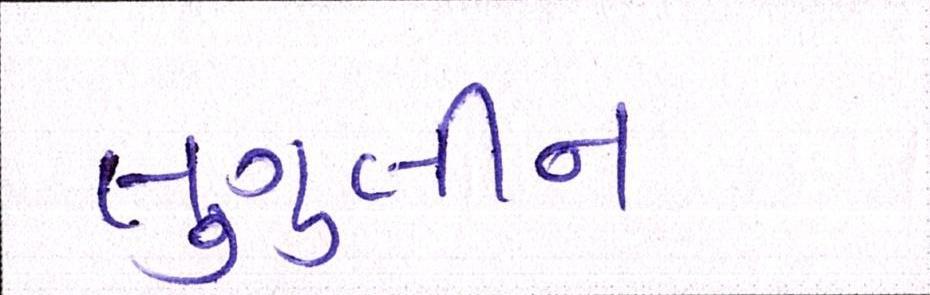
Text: લુગુલીન